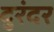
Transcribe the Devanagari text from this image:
दुरंदर